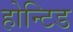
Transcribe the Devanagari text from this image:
होन्टिड